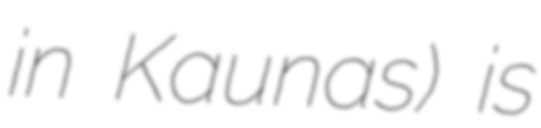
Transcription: in Kaunas) is